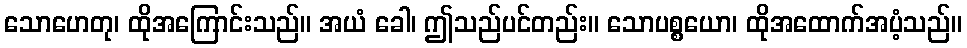
သောဟေတု၊ ထိုအကြောင်းသည်။ အယံ ခေါ၊ ဤသည်ပင်တည်း။ သောပစ္စယော၊ ထိုအထောက်အပံ့သည်။